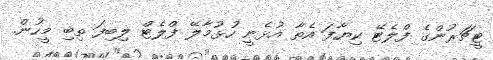
ޓީޗަރުންގެ ފްލެޓޭ ކިޔާފަ އެތާ އުޅެނީ ހުޅުމާލޭ ފްލެޓް ލިބިފަ ތިބި މީހުން.